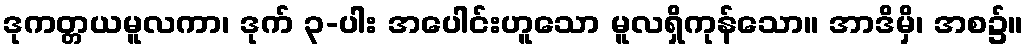
ဒုကတ္တယမူလကာ၊ ဒုက် ၃-ပါး အပေါင်းဟူသော မူလရှိကုန်သော။ အာဒိမှိ၊ အစ၌။